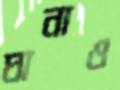
ঘানাও